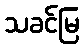
သခင်မြ